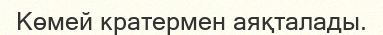
Көмей кратермен аяқталады.